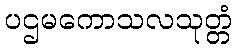
ပဌမကောသလသုတ္တံ